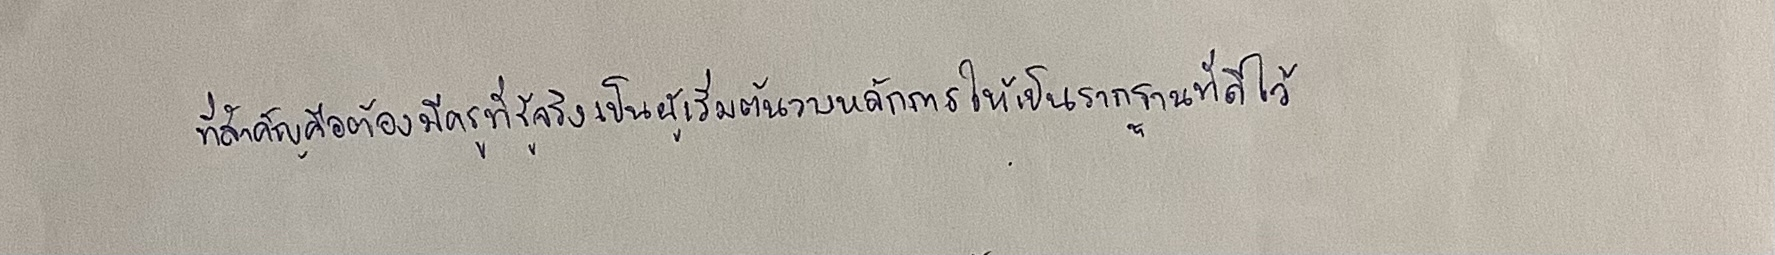
ที่สำคัญคือต้องมีครูที่รู้จริงเป็นผู้เริ่มต้นวางหลักการให้เป็นรากฐานที่ดีไว้